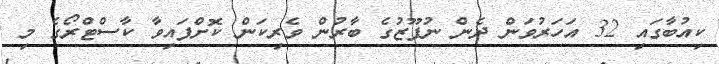
ކިއުބާގައި 32 އަހަރުވަން ދެން ނުފޫޒުގެ ބާރުން ވެރިކަން ކޮށްފައިވާ ކާސްޓްރޯގެ މި